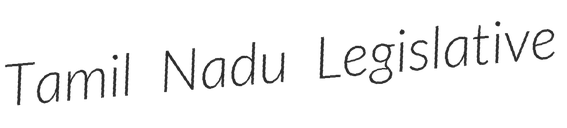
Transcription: Tamil Nadu Legislative